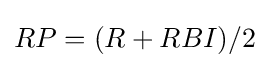
RP=(R+RBI)/2